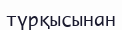
түрқысынан